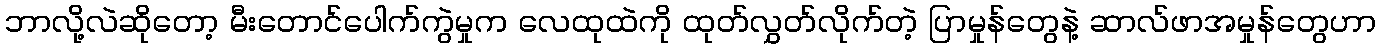
ဘာလို့လဲဆိုတော့ မီးတောင်ပေါက်ကွဲမှုက လေထုထဲကို ထုတ်လွှတ်လိုက်တဲ့ ပြာမှုန်တွေနဲ့ ဆာလ်ဖာအမှုန်တွေဟာ